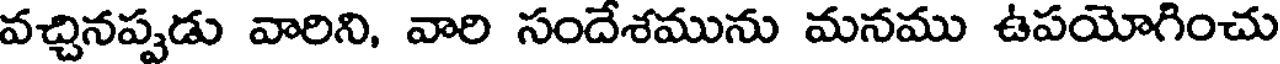
వచ్చినప్పడు వారిని, వారి సందేశమును మనము ఉపయోగించు